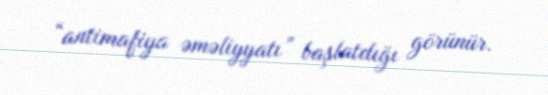
“antimafiya əməliyyatı” başlatdığı görünür.